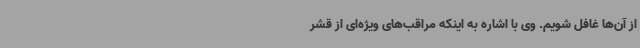
از آن‌ها غافل شویم. وی با اشاره به اینکه مراقب‌های ویژه‌ای از قشر